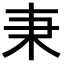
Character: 𣏃